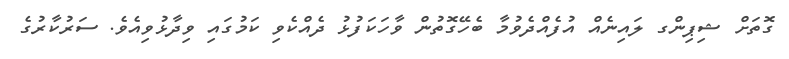
ގޮތަށް ޝިޕިންގ ލައިނެއް އުފެއްދެވުމާ ބެހޭގޮތުން ވާހަކަފުޅު ދެއްކެވި ކަމުގައި ވިދާޅުވިއެވެ. ސަރުކާރުގެ